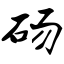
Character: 砀